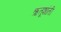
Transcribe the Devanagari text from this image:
ऋतूशांती